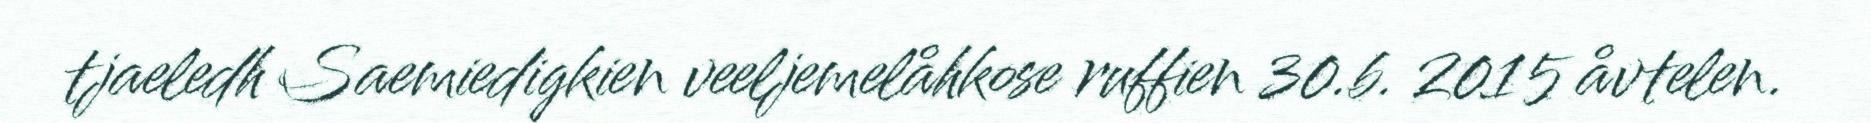
tjaeledh Saemiedigkien veeljemelåhkose ruffien 30.b. 2015 åvtelen.